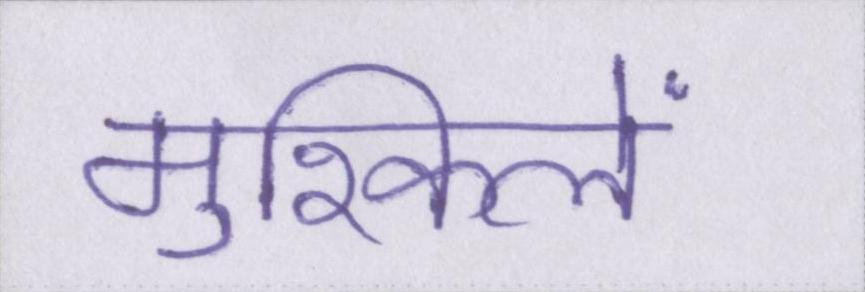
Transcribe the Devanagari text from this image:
मुश्किलें